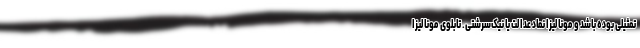
تمثیلی بوده باشد و مونالیزا نماد عدالت یا نیک‌سرشتی. تابلوی مونالیزا